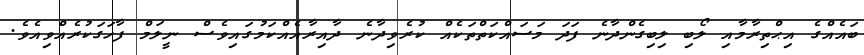
ބައެއްގެ އިޙްތިރާމާއި ލޯބި ލިބިގެންދާނެ ފަދަ މަސައްކަތްތަކެއް ކުރެވިދާނެ ދާއިރާއެއްކަމުގައިވެސް ނީލަމް ފާހަގަކުރެއްވިއެވެ.